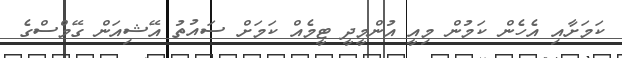
ކަމަށާއި އެހެން ކަމުން މިއީ އުންމީދީ ޓީމެއް ކަމަށް ސައުތު އޭޝިއަން ގޭމްސްގެ